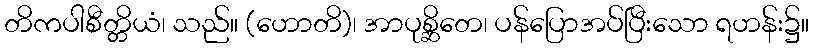
တိကပါစီတ္တိယံ၊ သည်။ (ဟောတိ)၊ အာပုစ္ဆိတေ၊ ပန်ပြောအပ်ပြီးသော ရဟန်း၌။